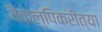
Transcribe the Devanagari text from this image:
वैकल्पिकरीत्या